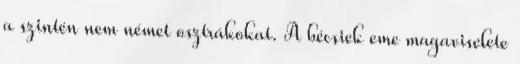
a szintén nem német osztrákokat. A bécsiek eme magaviselete